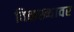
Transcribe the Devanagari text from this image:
विळख्यावर